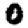
Digit: 0